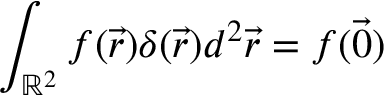
\int _ { \mathbb { R } ^ { 2 } } f ( \vec { r } ) \delta ( \vec { r } ) d ^ { 2 } \vec { r } = f ( \vec { 0 } )